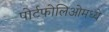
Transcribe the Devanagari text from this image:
पोर्टफोलिओमध्ये